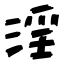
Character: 淫